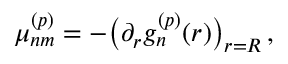
\mu _ { n m } ^ { ( p ) } = - \bigl ( \partial _ { r } g _ { n } ^ { ( p ) } ( r ) \bigr ) _ { r = R } \, ,